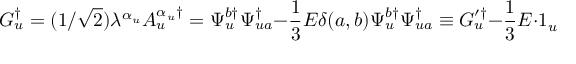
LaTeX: G _ { u } ^ { \dagger } = ( 1 / \sqrt { 2 } ) \lambda ^ { \alpha _ { u } } A _ { u } ^ { \alpha _ { u } \dagger } = \Psi _ { u } ^ { b \dagger } \Psi _ { u a } ^ { \dagger } - \frac 1 3 E \delta ( a , b ) \Psi _ { u } ^ { b \dagger } \Psi _ { u a } ^ { \dagger } \equiv G _ { u } ^ { \prime \dagger } - \frac 1 3 E \cdot 1 _ { u } \qquad \qquad \qquad \qquad \qquad \qquad \qquad \quad